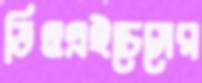
ডিওএইচেসের